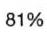
81%